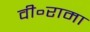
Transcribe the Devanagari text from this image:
वी॰रामा